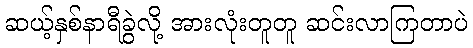
ဆယ့်နှစ်နာရီခွဲလို့ အားလုံးတူတူ ဆင်းလာကြတာပဲ